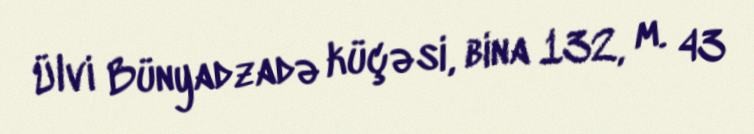
Ülvi Bünyadzadə küçəsi, bina 132, m. 43